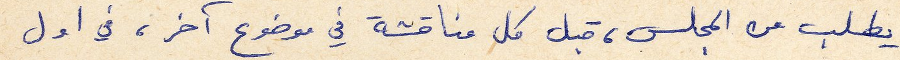
يطلب من المجلس، قبل كل مناقشة في موضوع آخر، في اول